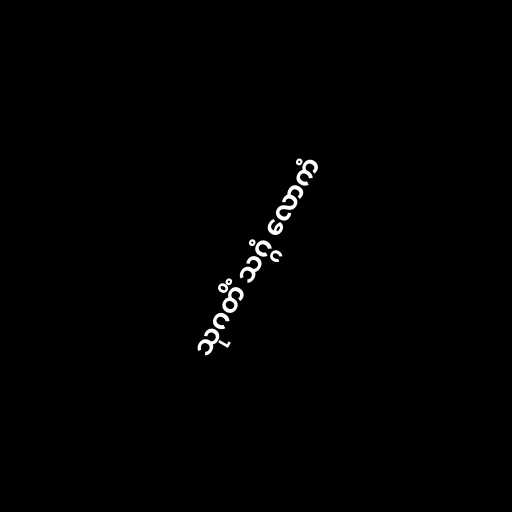
သုဂတိံ သဂ္ဂံ လောကံ